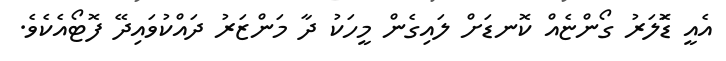
އެއީ ޑޮަލަރު ގޯންޏެއް ކޮނޑަަށް ލައިގެން މީހަކު ދާ މަންޒަރު ދައްކުވައިދޭ ފޮޓޯއެކެވެ.